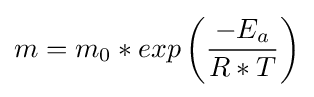
m=m_{0}*exp\left({\frac {-E_{a}}{R*T}}\right)